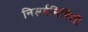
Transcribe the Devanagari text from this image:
निसर्गनिर्मिती